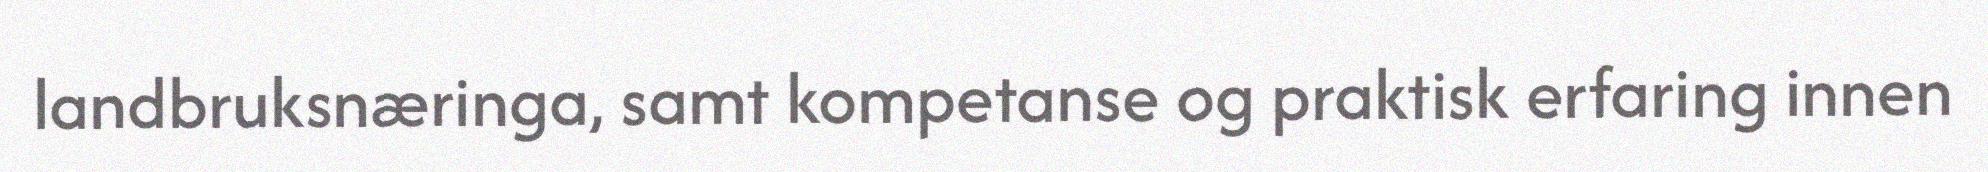
landbruksnæringa, samt kompetanse og praktisk erfaring innen